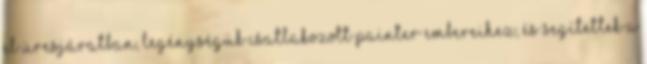
el üresjáratban, legénységük csatlakozott Painter embereihez, és segítettek a